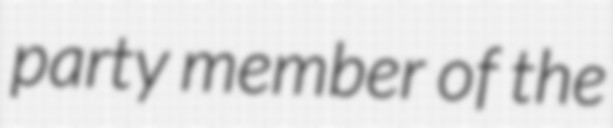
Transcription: party member of the